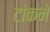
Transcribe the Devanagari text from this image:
टांकने